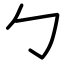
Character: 勹